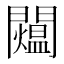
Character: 𨷐